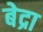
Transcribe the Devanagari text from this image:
बेद्रा